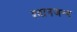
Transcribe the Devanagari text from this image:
श्वानजन्म